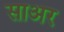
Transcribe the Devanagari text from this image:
साअर